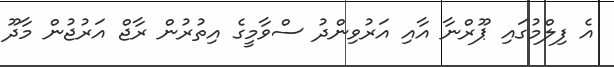
އެ ފިލްމުގައި ޕޫރްނާ އާއި އަރުވިންދު ސްވާމީގެ އިތުރުން ރާޖް އަރުޖުން މާދޫ